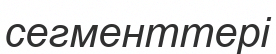
сегменттері